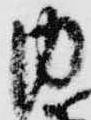
内